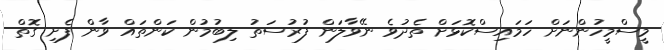
މީސްމީހުންނަށް ހަމައިސްކޮޅަށް ތެދުވެ ނޭވާލަން ފުރުސަތު ލިބުމުން ކަންތައް ވާން ފެށި ގޮތް